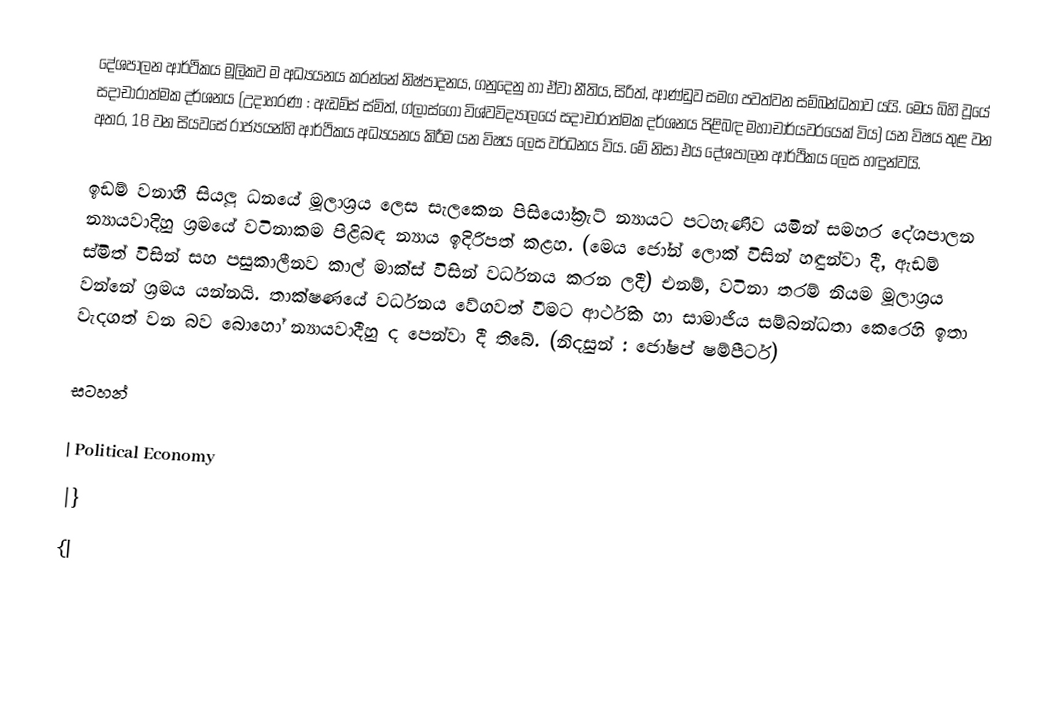
දේශපාලන ආර්ථිකය මූලිකව ම අධ්‍යයනය කරන්නේ නිෂ්පාදනය, ගනුදෙනු හා ඒවා නීතිය, සිරිත්, ආණ්ඩුව සමග පවත්වන සම්බන්ධතාව යයි. මෙය බිහි වූයේ සදාචාරාත්මක දර්ශනය (උදාහරණ : ඇඩම්ස් ස්මිත්, ග්ලාස්ගෝ විශ්වවිද්‍යාලයේ සදාචාරාත්මක දර්ශනය පිළිබඳ මහාචාර්යවරයෙක් විය) යන විෂය තුළ වන අතර, 18 වන සියවසේ රාජ්‍යයන්හි ආර්ථිකය අධ්‍යයනය කිරීම යන විෂය ලෙස වර්ධනය විය. මේ නිසා එය දේශපාලන ආර්ථිකය ලෙස හඳුන්වයි.

ඉඩම් වනාහී සියලූ ධනයේ මූලාශ‍්‍රය ලෙස සැලකෙන පිසියෝක්‍රැට් න්‍යායට පටහැණිව යමින් සමහර දේශපාලන න්‍යායවාදිහු ශ‍්‍රමයේ වටිනාකම පිළිබඳ න්‍යාය ඉදිරිපත් කළහ. (මෙය ජෝන් ලොක් විසින් හඳුන්වා දී, ඇඩම් ස්මිත් විසින් සහ පසුකාලීනව කාල් මාක්ස් විසින් වර්ධනය කරන ලදී) එනම්, වටිනා තරම් නියම මූලාශ‍්‍රය වන්නේ ශ‍්‍රමය යන්නයි. තාක්ෂණයේ වර්ධනය වේගවත් වීමට ආර්ථික හා සාමාජීය සම්බන්ධතා කෙරෙහි ඉතා වැදගත් වන බව බොහෝ න්‍යායවාදීහු ද පෙන්වා දී තිබේ. (නිදසුන් : ජෝෂප් ෂම්පීටර්)

සටහන්

| Political Economy
|}
{|